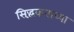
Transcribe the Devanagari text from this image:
सिद्धंकनाच्या